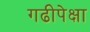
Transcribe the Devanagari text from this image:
गढीपेक्षा